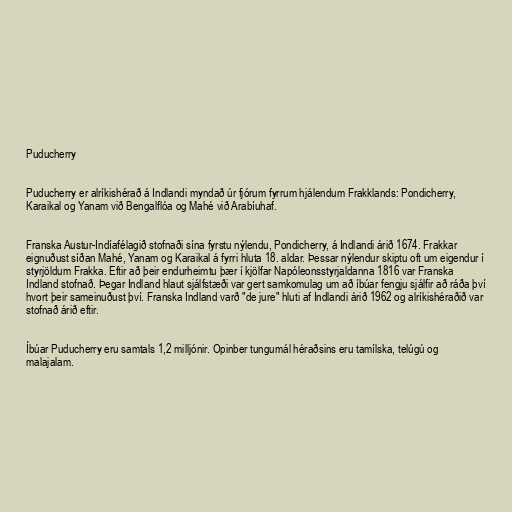
Puducherry

Puducherry er alríkishérað á Indlandi myndað úr fjórum fyrrum hjálendum Frakklands: Pondicherry,
Karaikal og Yanam við Bengalflóa og Mahé við Arabíuhaf.

Franska Austur-Indíafélagið stofnaði sína fyrstu nýlendu, Pondicherry, á Indlandi árið 1674. Frakkar
eignuðust síðan Mahé, Yanam og Karaikal á fyrri hluta 18. aldar. Þessar nýlendur skiptu oft um eigendur í
styrjöldum Frakka. Eftir að þeir endurheimtu þær í kjölfar Napóleonsstyrjaldanna 1816 var Franska
Indland stofnað. Þegar Indland hlaut sjálfstæði var gert samkomulag um að íbúar fengju sjálfir að ráða því
hvort þeir sameinuðust því. Franska Indland varð "de jure" hluti af Indlandi árið 1962 og alríkishéraðið var
stofnað árið eftir.

Íbúar Puducherry eru samtals 1,2 milljónir. Opinber tungumál héraðsins eru tamílska, telúgú og
malajalam.